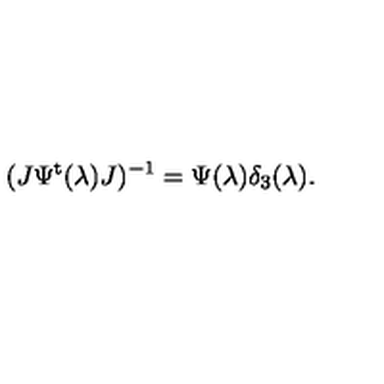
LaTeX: ( J \Psi ^ { \mathrm { t } } ( \lambda ) J ) ^ { - 1 } = \Psi ( \lambda ) \delta _ { 3 } ( \lambda ) .